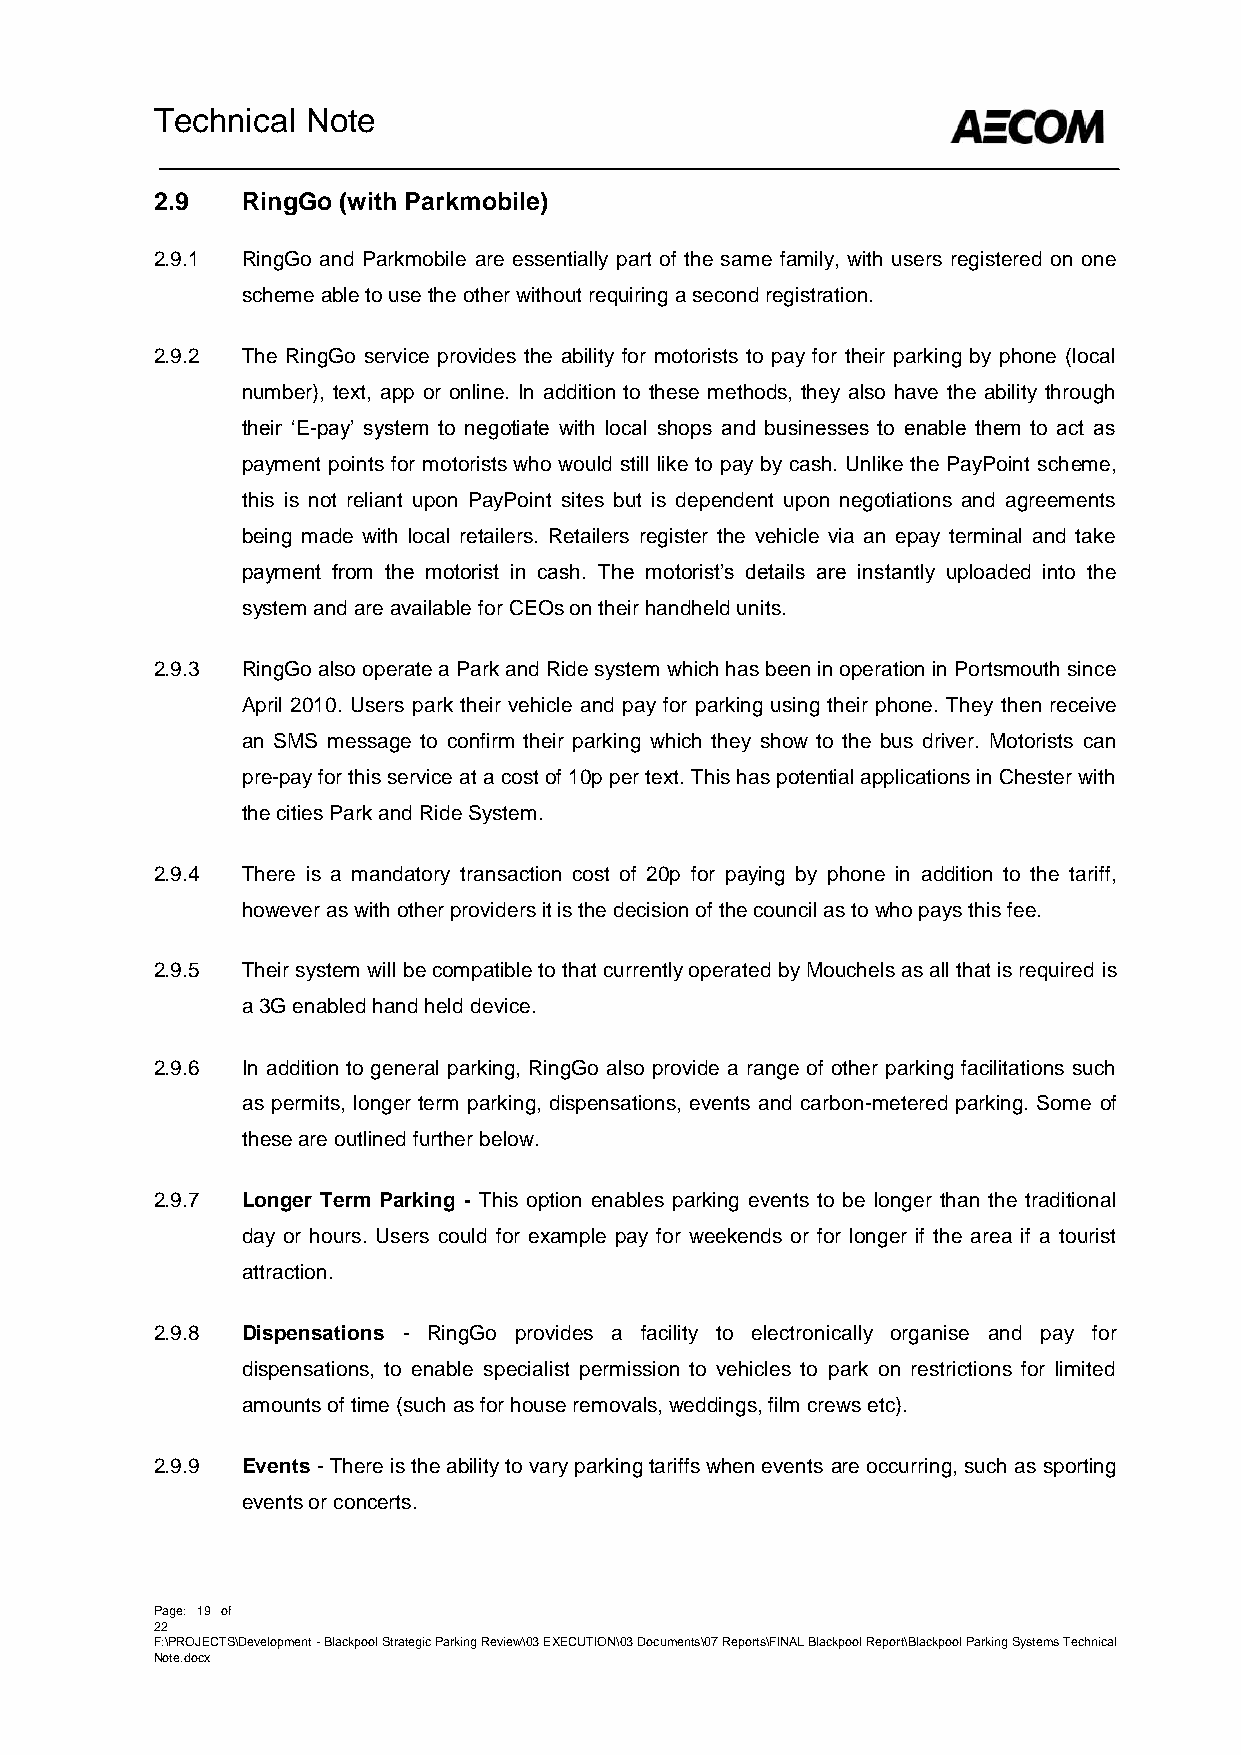
Technical Note
 2.9   RingGo (with Parkmobile)
 2.9.1 RingGo and Parkmobile are essentially part of the same family, with users registered on one
 scheme able to use the other without requiring a second registration.
 2.9.2 The RingGo service provides the ability for motorists to pay for their parking by phone (local
 number), text, app or online. In addition to these methods, they also have the ability through
 their ‘E-pay’ system to negotiate with local shops and businesses to enable them to act as
 payment points for motorists who would still like to pay by cash. Unlike the PayPoint scheme,
 this is not reliant upon PayPoint sites but is dependent upon negotiations and agreements
 being made with local retailers. Retailers register the vehicle via an epay terminal and take
 payment from the motorist in cash. The motorist’s details are instantly uploaded into the
 system and are available for CEOs on their handheld units.
 2.9.3 RingGo also operate a Park and Ride system which has been in operation in Portsmouth since
 April 2010. Users park their vehicle and pay for parking using their phone. They then receive
 an SMS message to confirm their parking which they show to the bus driver. Motorists can
 pre-pay for this service at a cost of 10p per text. This has potential applications in Chester with
 the cities Park and Ride System.
 2.9.4 There is a mandatory transaction cost of 20p for paying by phone in addition to the tariff,
 however as with other providers it is the decision of the council as to who pays this fee.
 2.9.5 Their system will be compatible to that currently operated by Mouchels as all that is required is
 a 3G enabled hand held device.
 2.9.6 In addition to general parking, RingGo also provide a range of other parking facilitations such
 as permits, longer term parking, dispensations, events and carbon-metered parking. Some of
 these are outlined further below.
 2.9.7 Longer Term Parking - This option enables parking events to be longer than the traditional
 day or hours. Users could for example pay for weekends or for longer if the area if a tourist
 attraction.
 2.9.8 Dispensations - RingGo provides a facility to electronically organise and pay for
 dispensations, to enable specialist permission to vehicles to park on restrictions for limited
 amounts of time (such as for house removals, weddings, film crews etc).
 2.9.9 Events - There is the ability to vary parking tariffs when events are occurring, such as sporting
 events or concerts.
 Page: 19 of
 22
 F:\PROJECTS\Development - Blackpool Strategic Parking Review\03 EXECUTION\03 Documents\07 Reports\FINAL Blackpool Report\Blackpool Parking Systems Technical
 Note.docx